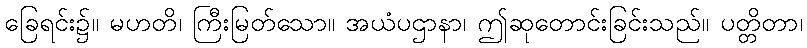
ခြေရင်း၌။ မဟတိ၊ ကြီးမြတ်သော။ အယံပဌာနာ၊ ဤဆုတောင်းခြင်းသည်။ ပတ္တိတာ၊